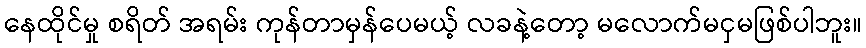
နေထိုင်မှု စရိတ် အရမ်း ကုန်တာမှန်ပေမယ့် လခနဲ့တော့ မလောက်မငှမဖြစ်ပါဘူး။